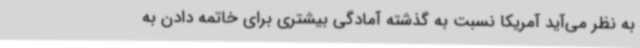
به نظر می‌آید آمریکا نسبت به گذشته آمادگی بیشتری برای خاتمه دادن به